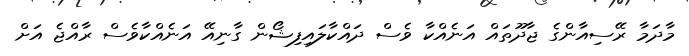
މާދަމާ ރޭސިއާންގެ ޖާދޫތައް އަނެއްކާ ވެސް ދައްކާލައިފިޝޯން ގާނިއޭ އަނެއްކާވެސް ރާއްޖެ އަށް